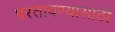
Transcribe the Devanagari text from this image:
परतावण्यासाठी